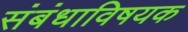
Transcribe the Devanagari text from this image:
संबंधाविषयक